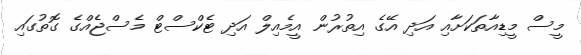
މީސް މީޑިއާތަކަށާއި އަދި އޭގެ އިތުރުން އީމެއިލް އަދި ޓެކްސްޓް މެސްޖެއްގެ ގޮތުގައި